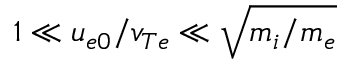
1 \ll u _ { e 0 } / v _ { T e } \ll \sqrt { m _ { i } / m _ { e } }